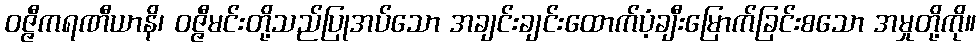
ဝဇ္ဇီကရဏီယာနိ၊ ဝဇ္ဇီမင်းတို့သည်ပြုအပ်သော အချင်းချင်းထောက်ပံ့ချီးမြောက်ခြင်းစသော အမှုတို့ကို။